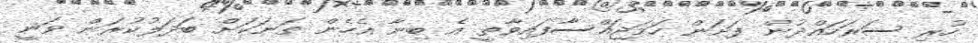
ހުރި ސަރަހައްދުން ފަށަން ހަމަޖައްސާފައިވާތީ އެ ބިނާ އެހެން ތަނަކަށް ބަދަލުކުރަން ވަނީ